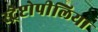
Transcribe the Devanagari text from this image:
स्ट्रेप्टोपीलिया